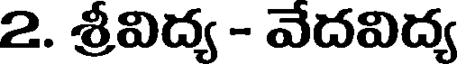
2. శ్రీవిద్య - వేదవిద్య